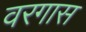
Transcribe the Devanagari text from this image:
वरगास